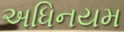
અધિનયમ